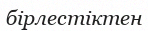
бірлестіктен